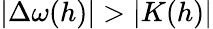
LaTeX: |\Delta\omega(h)|>|K(h)|